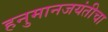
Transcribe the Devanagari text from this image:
हनुमानजयंतीचा